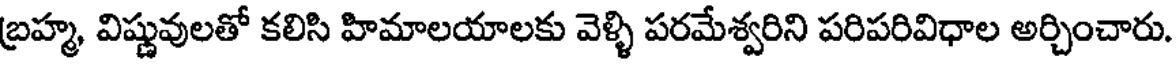
బ్రహ్మ, విష్ణువులతో కలిసి హిమాలయాలకు వెళ్ళి పరమేశ్వరిని పరిపరివిధాల అర్చించారు.